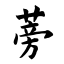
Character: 蒡